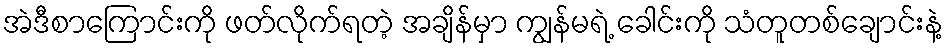
အဲဒီစာကြောင်းကို ဖတ်လိုက်ရတဲ့ အချိန်မှာ ကျွန်မရဲ့ ခေါင်းကို သံတူတစ်ချောင်းနဲ့